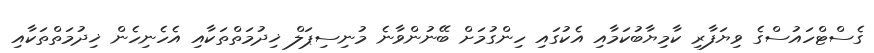
ގެސްޓްހައުސްގެ ވިޔަފާރި ކާމިޔާބުކަމާއި އެކުގައި ހިންގުމަށް ބޭނުންވާނެ މުނިސިޕަލް ޚިދުމަތްތަކާއި އެހެނިހެން ޚިދުމަތްތަކާއި